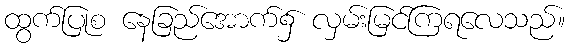
ထွက်ပြုစ နေခြည်အောက်၌ လှမ်းမြင်ကြရလေသည်။